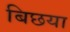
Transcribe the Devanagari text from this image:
बिछया